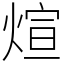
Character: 煊